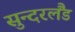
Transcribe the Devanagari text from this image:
सुन्दरलैंड